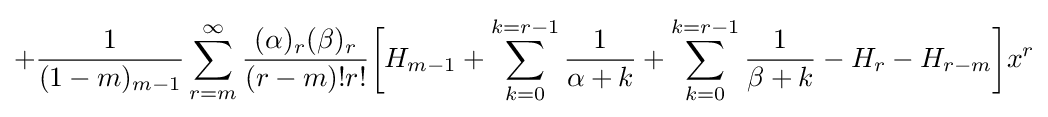
+{\frac {1}{(1-m)_{m-1}}}\sum _{r=m}^{\infty }{\frac {(\alpha )_{r}(\beta )_{r}}{(r-m)!r!}}{\bigg [}H_{m-1}+\sum _{k=0}^{k=r-1}{\frac {1}{\alpha +k}}+\sum _{k=0}^{k=r-1}{\frac {1}{\beta +k}}-H_{r}-H_{r-m}{\bigg ]}x^{r}